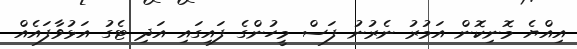
އިއްޔެ މޮނިކޮން އަމުރު ނެރުނު ފަސް މީހުންގެ ފައިގައި އަދި ޓެގު އަޅުވާފައެއް